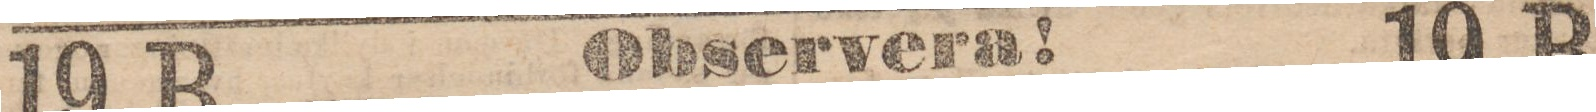
Observera!